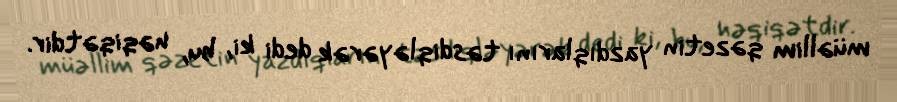
müəllim qəzetin yazdıqlarını təsdiqləyərək dedi ki, bu, həqiqətdir.